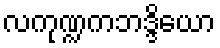
လကုဏ္ဍကဘဒ္ဒိယော